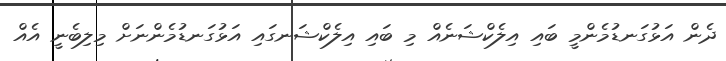
ދެން އަޅުގަނޑުމެންމީ ބައި އިލެކްޝަނެއް މި ބައި އިލެކްޝަނގައި އަޅުގަނޑުމެންނަށް މިލިބެނީ އެއް